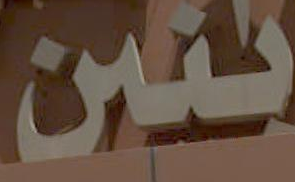
بنين